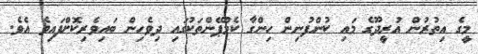
މީގެ އިތުރުން އުރީދޫގެ މައި ކުންފުނިން ހިންގާ ކެމްޕޭންތަކުގައި ދިވެހިން ބައިވެރިކޮށްފައިވެ އެވެ.